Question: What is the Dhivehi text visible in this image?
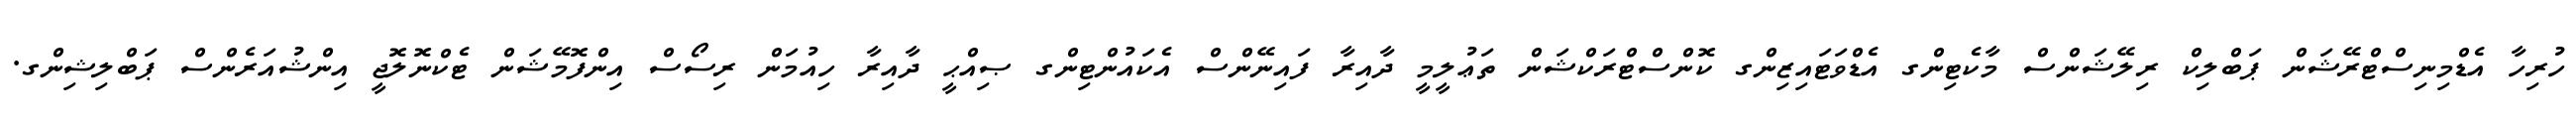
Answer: ހުރިހާ އެޑްމިނިސްޓްރޭޝަން ޕަބްލިކް ރިލޭޝަންސް މާކެޓިންގ އެޑްވަޓައިޒިންގ ކޮންސްޓްރަކްޝަން ތަޢުލީމީ ދާއިރާ ފައިނޭންސް އެކައުންޓިންގ ޞިއްޙީ ދާއިރާ ހިއުމަން ރިސޯސް އިންފޮމޭޝަން ޓެކްނޮލޮޖީ އިންޝުއަރެންސް ޕަބްލިޝިންގ.